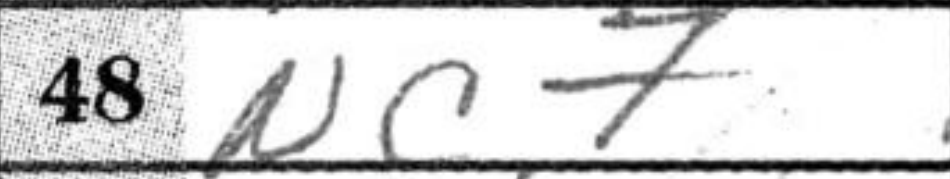
Transcription: Nc7